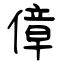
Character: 傽